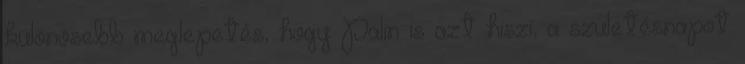
különösebb meglepetés, hogy Palin is azt hiszi, a születésnapot